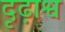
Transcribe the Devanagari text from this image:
दृढ़ाश्व